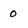
Character: 0